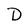
Character: D